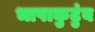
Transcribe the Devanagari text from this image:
भाषाकुटुंब